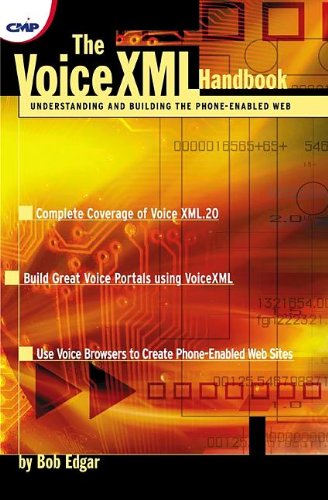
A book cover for The Voicexml Handbook: Understanding and Building the Phone-Enabled Web; Thomas F. Edgar; Computers & Technology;